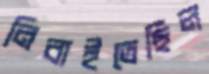
নিবাইতেছিল